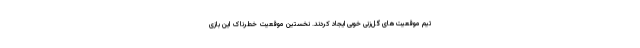
تیم موقعیت‌های گل‌زنی خوبی ایجاد کردند. نخستین موقعیت خطرناک این بازی